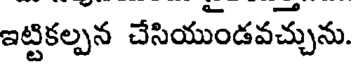
ఇట్టికల్పన చేసియుండవచ్చును.